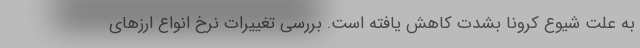
به علت شیوع کرونا بشدت کاهش یافته است. بررسی تغییرات نرخ انواع ارزهای